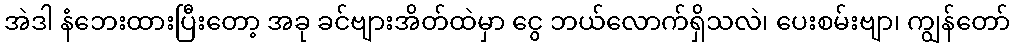
အဲဒါ နံဘေးထားပြီးတော့ အခု ခင်ဗျားအိတ်ထဲမှာ ငွေ ဘယ်လောက်ရှိသလဲ၊ ပေးစမ်းဗျာ၊ ကျွန်တော်